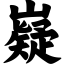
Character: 嶷